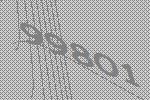
99801